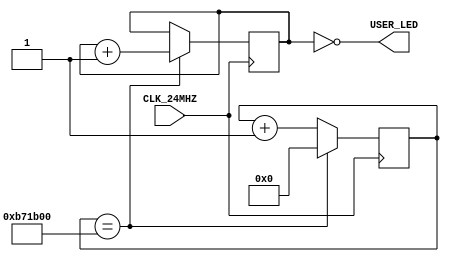
/*
  Copyright (c) 2015, miya
  All rights reserved.

  Redistribution and use in source and binary forms, with or without modification, are permitted provided that the following conditions are met:

  1. Redistributions of source code must retain the above copyright notice, this list of conditions and the following disclaimer.

  2. Redistributions in binary form must reproduce the above copyright notice, this list of conditions and the following disclaimer in the documentation and/or other materials provided with the distribution.
 
  THIS SOFTWARE IS PROVIDED BY THE COPYRIGHT HOLDERS AND CONTRIBUTORS "AS IS" AND ANY EXPRESS OR IMPLIED WARRANTIES, INCLUDING, BUT NOT LIMITED TO, THE IMPLIED WARRANTIES OF MERCHANTABILITY AND FITNESS FOR A PARTICULAR PURPOSE ARE DISCLAIMED.
  IN NO EVENT SHALL THE COPYRIGHT OWNER OR CONTRIBUTORS BE LIABLE FOR ANY DIRECT, INDIRECT, INCIDENTAL, SPECIAL, EXEMPLARY, OR CONSEQUENTIAL DAMAGES (INCLUDING, BUT NOT LIMITED TO,
  PROCUREMENT OF SUBSTITUTE GOODS OR SERVICES; LOSS OF USE, DATA, OR PROFITS; OR BUSINESS INTERRUPTION) HOWEVER CAUSED AND ON ANY THEORY OF LIABILITY, WHETHER IN CONTRACT, STRICT LIABILITY, OR TORT (INCLUDING NEGLIGENCE OR OTHERWISE) ARISING IN ANY WAY OUT OF THE USE OF THIS SOFTWARE, EVEN IF ADVISED OF THE POSSIBILITY OF SUCH DAMAGE.
*/

module bemicro_cva9_start
  (
   input        CLK_24MHZ,
   output [7:0] USER_LED
   );

  reg [23:0]    counter1 = 1'd0;
  reg [7:0]     counter2 = 1'd0;
  always @(posedge CLK_24MHZ)
    begin
      if (counter1 == 24'hB71B00) // 0.5 sec
        begin
          counter1 <= 1'd0;
          counter2 <= counter2 + 1'd1;
        end
      else
        begin
          counter1 <= counter1 + 1'd1;
        end
    end

  assign USER_LED = ~counter2;

endmodule